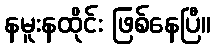
နမူးနထိုင်း ဖြစ်နေပြီ။